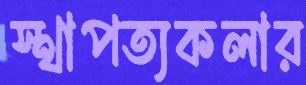
স্থাপত্যকলার